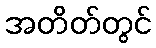
အတိတ်တွင်